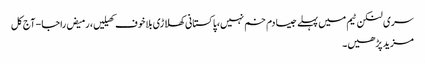
سری لنکن ٹیم میں پہلے جیسا دم خم نہیں،پاکستانی کھلاڑی بلاخوف کھیلیں، رمیض راجا - آج کل
مزید پڑھیں۔